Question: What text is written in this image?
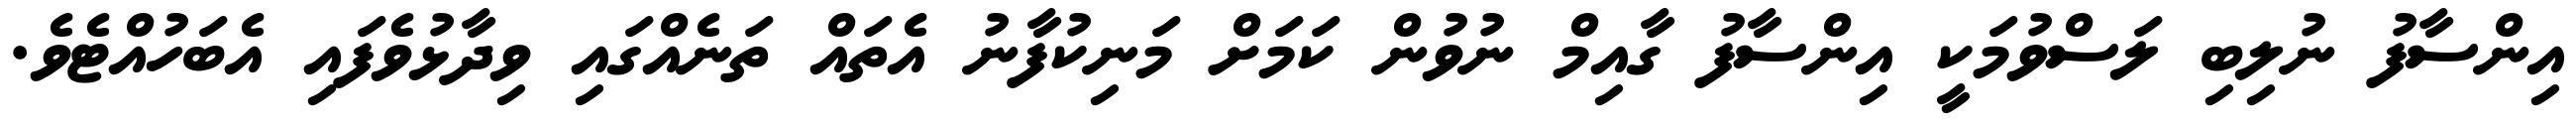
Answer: އިންސާފު ނުލިބި ލަސްވުމަކީ އިންސާފު ގާއިމް ނުވުން ކަމަށް މަނިކުފާނު އެތައް ތަނެއްގައި ވިދާޅުވެފައި އެބަހުއްޓެވެ.